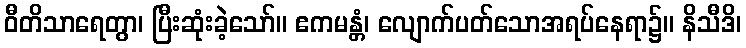
ဝီတိသာရေတွာ၊ ပြီးဆုံးခဲ့သော်။ ဧကမန္တံ၊ လျောက်ပတ်သောအရပ်နေရာ၌။ နိသီဒိ၊